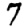
Digit: 7